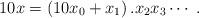
LaTeX: \begin{align*}10 x = \left(10 x_0 + x_1\right) . x_2x_3 \cdots \;.\end{align*}